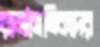
রাজনৈতিকদের